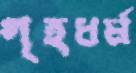
গৃহধর্ম